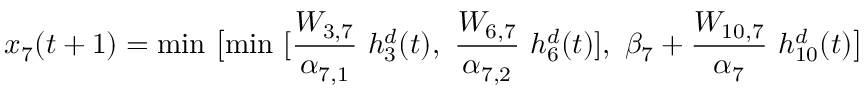
x _ { 7 } ( t + 1 ) = \mathrm { m i n ~ } \bigl [ \mathrm { m i n ~ } [ \frac { W _ { 3 , 7 } } { \alpha _ { 7 , 1 } } \mathrm { ~ } h _ { 3 } ^ { d } ( t ) , \mathrm { ~ } \frac { W _ { 6 , 7 } } { \alpha _ { 7 , 2 } } \mathrm { ~ } h _ { 6 } ^ { d } ( t ) ] , \mathrm { ~ } \beta _ { 7 } + \frac { W _ { 1 0 , 7 } } { \alpha _ { 7 } } \mathrm { ~ } h _ { 1 0 } ^ { d } ( t ) \bigr ]